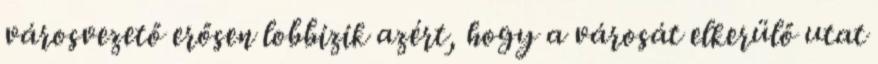
városvezető erősen lobbizik azért, hogy a városát elkerülő utat